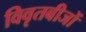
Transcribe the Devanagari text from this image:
विवृतबीजों